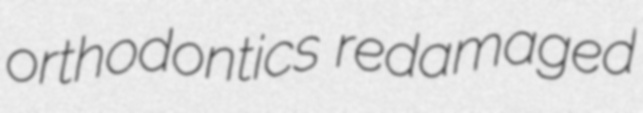
orthodontics redamaged